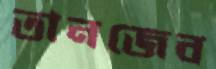
তানজেব